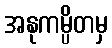
အနုကမ္ပိတမှ